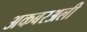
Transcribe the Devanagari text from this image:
अकबरअली